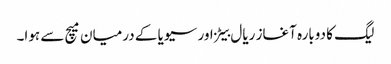
لیگ کا دوبارہ آغاز ریال بیٹز اور سیویا کے درمیان میچ سے ہوا۔